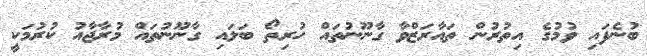
ބުނެފައި ވުމުގެ އިތުރުން ތައާރަޒްވާ ގާނޫނުތައް ހުރިތޯ ބަލައި ގާނޫނުތައް މުރާޖާއު ކުރުމަކީ